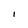
Character: I